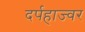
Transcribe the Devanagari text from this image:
दर्पहाज्वर